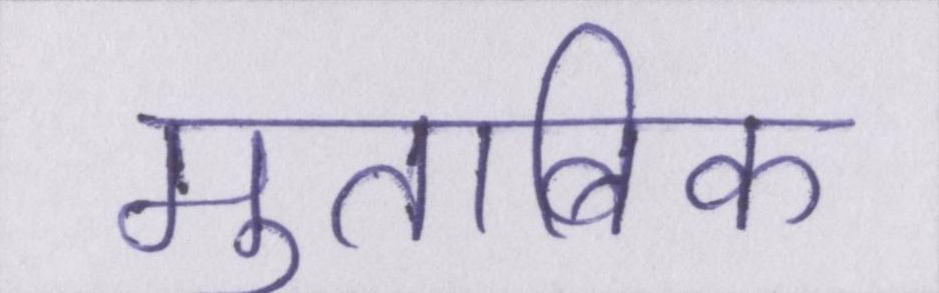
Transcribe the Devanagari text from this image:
मुताबिक